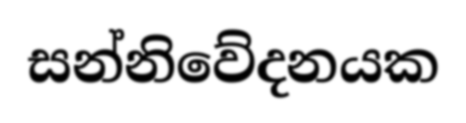
සන්නිවේදනයක